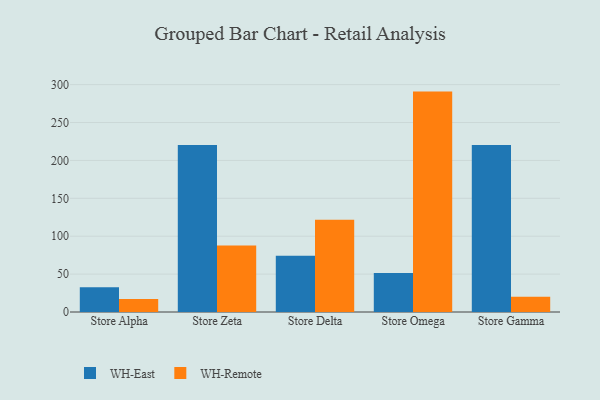
{"axis": {"x": "Store", "y": "Shipments"}, "legend": ["WH-East", "WH-Remote"], "data": [{"x": "Store Alpha", "y": 32.7, "type": "WH-East"}, {"x": "Store Alpha", "y": 17.1, "type": "WH-Remote"}, {"x": "Store Zeta", "y": 220.2, "type": "WH-East"}, {"x": "Store Zeta", "y": 87.7, "type": "WH-Remote"}, {"x": "Store Delta", "y": 74.3, "type": "WH-East"}, {"x": "Store Delta", "y": 121.7, "type": "WH-Remote"}, {"x": "Store Omega", "y": 51.5, "type": "WH-East"}, {"x": "Store Omega", "y": 290.8, "type": "WH-Remote"}, {"x": "Store Gamma", "y": 220.2, "type": "WH-East"}, {"x": "Store Gamma", "y": 20.0, "type": "WH-Remote"}]}